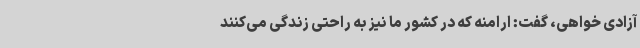
آزادی خواهی، گفت: ارامنه که در کشور ما نیز به راحتی زندگی می‌کنند